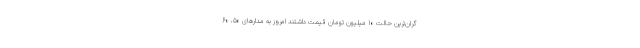
گران‌ترین حالت ۱۰ میلیون تومان قیمت داشتند امروز به مدارهای ۵۰، ۶۰